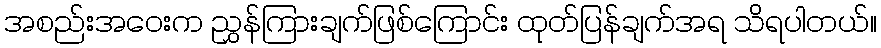
အစည်းအဝေးက ညွှန်ကြားချက်ဖြစ်ကြောင်း ထုတ်ပြန်ချက်အရ သိရပါတယ်။